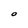
Character: o